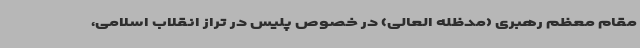
مقام معظم رهبری (مدظله العالی) در خصوص پلیس در تراز انقلاب اسلامی،